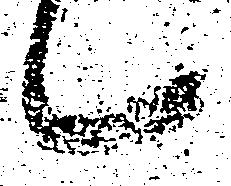
候